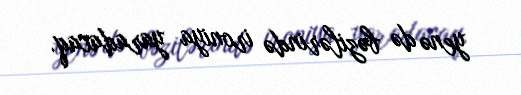
yenə də bəzilərində ironiya yaradacaq.